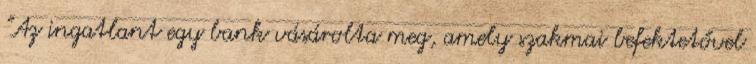
"Az ingatlant egy bank vásárolta meg, amely szakmai befektetővel